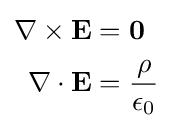
{\begin{aligned}\mathbf {\nabla \times E} &=\mathbf {0} \\\mathbf {\nabla \cdot E} &={\frac {\rho }{\epsilon _{0}}}\end{aligned}}